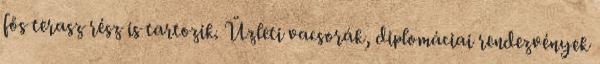
fős terasz rész is tartozik. Üzleti vacsorák, diplomáciai rendezvények